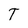
Character: T